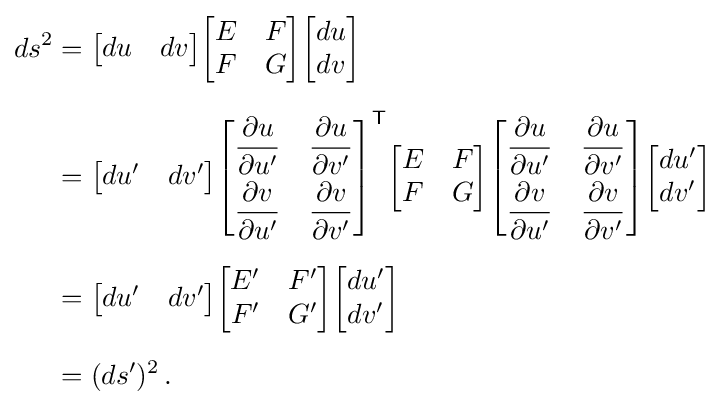
{\begin{aligned}ds^{2}&={\begin{bmatrix}du&dv\end{bmatrix}}{\begin{bmatrix}E&F\\F&G\end{bmatrix}}{\begin{bmatrix}du\\dv\end{bmatrix}}\\[6pt]&={\begin{bmatrix}du'&dv'\end{bmatrix}}{\begin{bmatrix}{\dfrac {\partial u}{\partial u'}}&{\dfrac {\partial u}{\partial v'}}\\[6pt]{\dfrac {\partial v}{\partial u'}}&{\dfrac {\partial v}{\partial v'}}\end{bmatrix}}^{\mathsf {T}}{\begin{bmatrix}E&F\\F&G\end{bmatrix}}{\begin{bmatrix}{\dfrac {\partial u}{\partial u'}}&{\dfrac {\partial u}{\partial v'}}\\[6pt]{\dfrac {\partial v}{\partial u'}}&{\dfrac {\partial v}{\partial v'}}\end{bmatrix}}{\begin{bmatrix}du'\\dv'\end{bmatrix}}\\[6pt]&={\begin{bmatrix}du'&dv'\end{bmatrix}}{\begin{bmatrix}E'&F'\\F'&G'\end{bmatrix}}{\begin{bmatrix}du'\\dv'\end{bmatrix}}\\[6pt]&=(ds')^{2}\,.\end{aligned}}